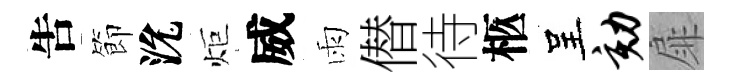
吿節沇炬威雨僣待柩呈劾扉